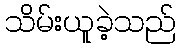
သိမ်းယူခဲ့သည်